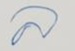
ล